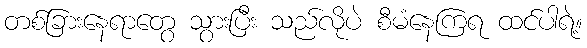
တစ်ခြားနေရာတွေ သွားပြီး သည်လိုပဲ စီမံနေကြရ ထင်ပါရဲ့။